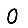
Digit: 0